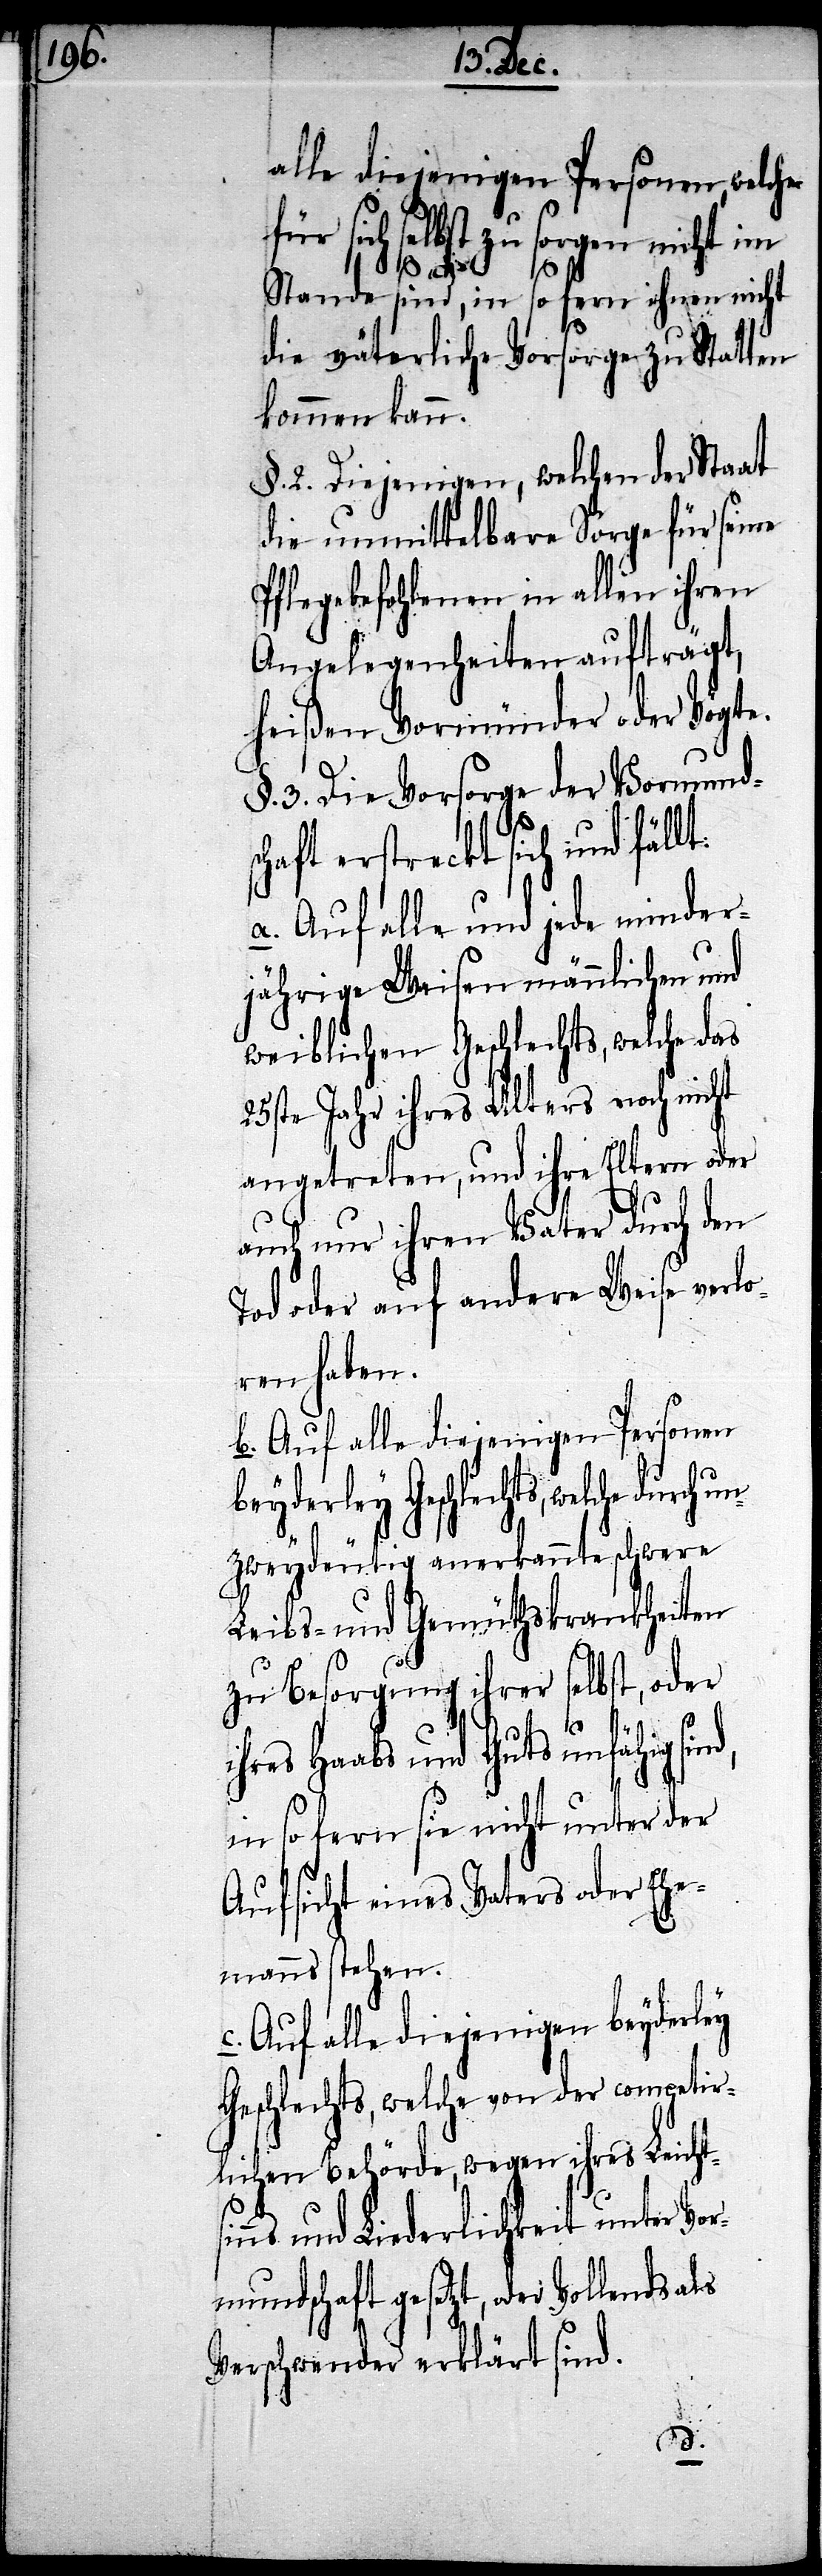
alle diejenigen Personen, welche
für sich selbst zu sorgen nicht im
Stande sind, in so fern ihnen nicht
die väterliche Vorsorge zu Statten
kommen kann.
§. 2. Diejenigen, welchen der Staat
die unmittelbare Sorge für seine
Pflegebefohlenen in allen ihren
Angelegenheiten aufträgt,
heißen Vormünder oder Vögte.
§. 3. Die Vorsorge der Vormundsc¬
haft erstreckt sich und fällt:
a. Auf alle und jede minder¬
jährige Waisen männlichen und
weiblichen Geschlechts, welche das
25ste Jahr ihres Alters noch nicht
angetreten, und ihre Eltern oder
auch nur ihren Vater durch den
Tod oder auf andere Weise verlo¬
ren haben.
b. Auf alle diejenige Personen
beyderley Geschlechts, welche
unzweydeutig anerkannt schwere
Leibs- und Gemüthskrankheiten
zu Besorgung ihrer selbst, oder
ihres Haabs und Guts unfähig sind,
in so fern sie nicht unter der
Aufsicht eines Vaters oder Ehe¬
manns stehen.
c. Auf alle diejenigen beyderley
Geschlechts, welche von der competir¬
lichen Behörde, wegen ihres Leicht¬
nns und Liederlichkeit unter Vo¬
rmundschaft gesetzt, oder vollends
Verschwender erklärt sind.
si¬